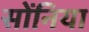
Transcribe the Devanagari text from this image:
सोंनिया